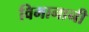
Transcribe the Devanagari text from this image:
विमानानी